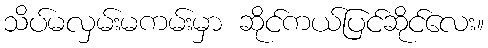
သိပ်မလှမ်းမကမ်းမှာ ဆိုင်ကယ်ပြင်ဆိုင်လေး။